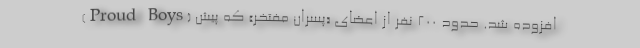
(Proud Boys) افزوده شد. حدود ۲۰۰ نفر از اعضای «پسران مفتخر» که پیش